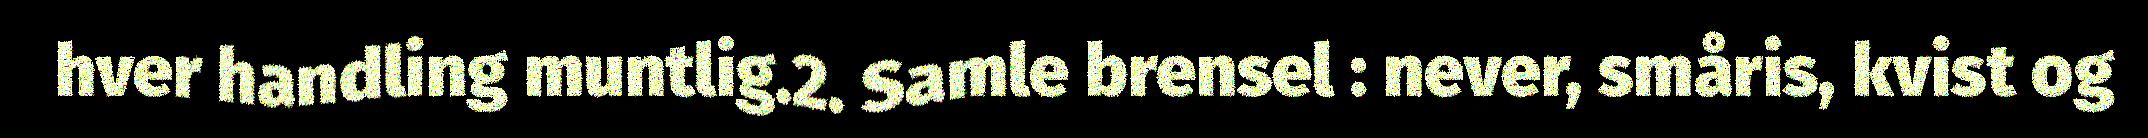
hver handling muntlig.2. Samle brensel : never, småris, kvist og